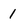
Character: 1